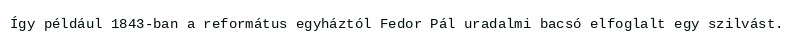
Így például 1843-ban a református egyháztól Fedor Pál uradalmi bacsó elfoglalt egy szilvást.